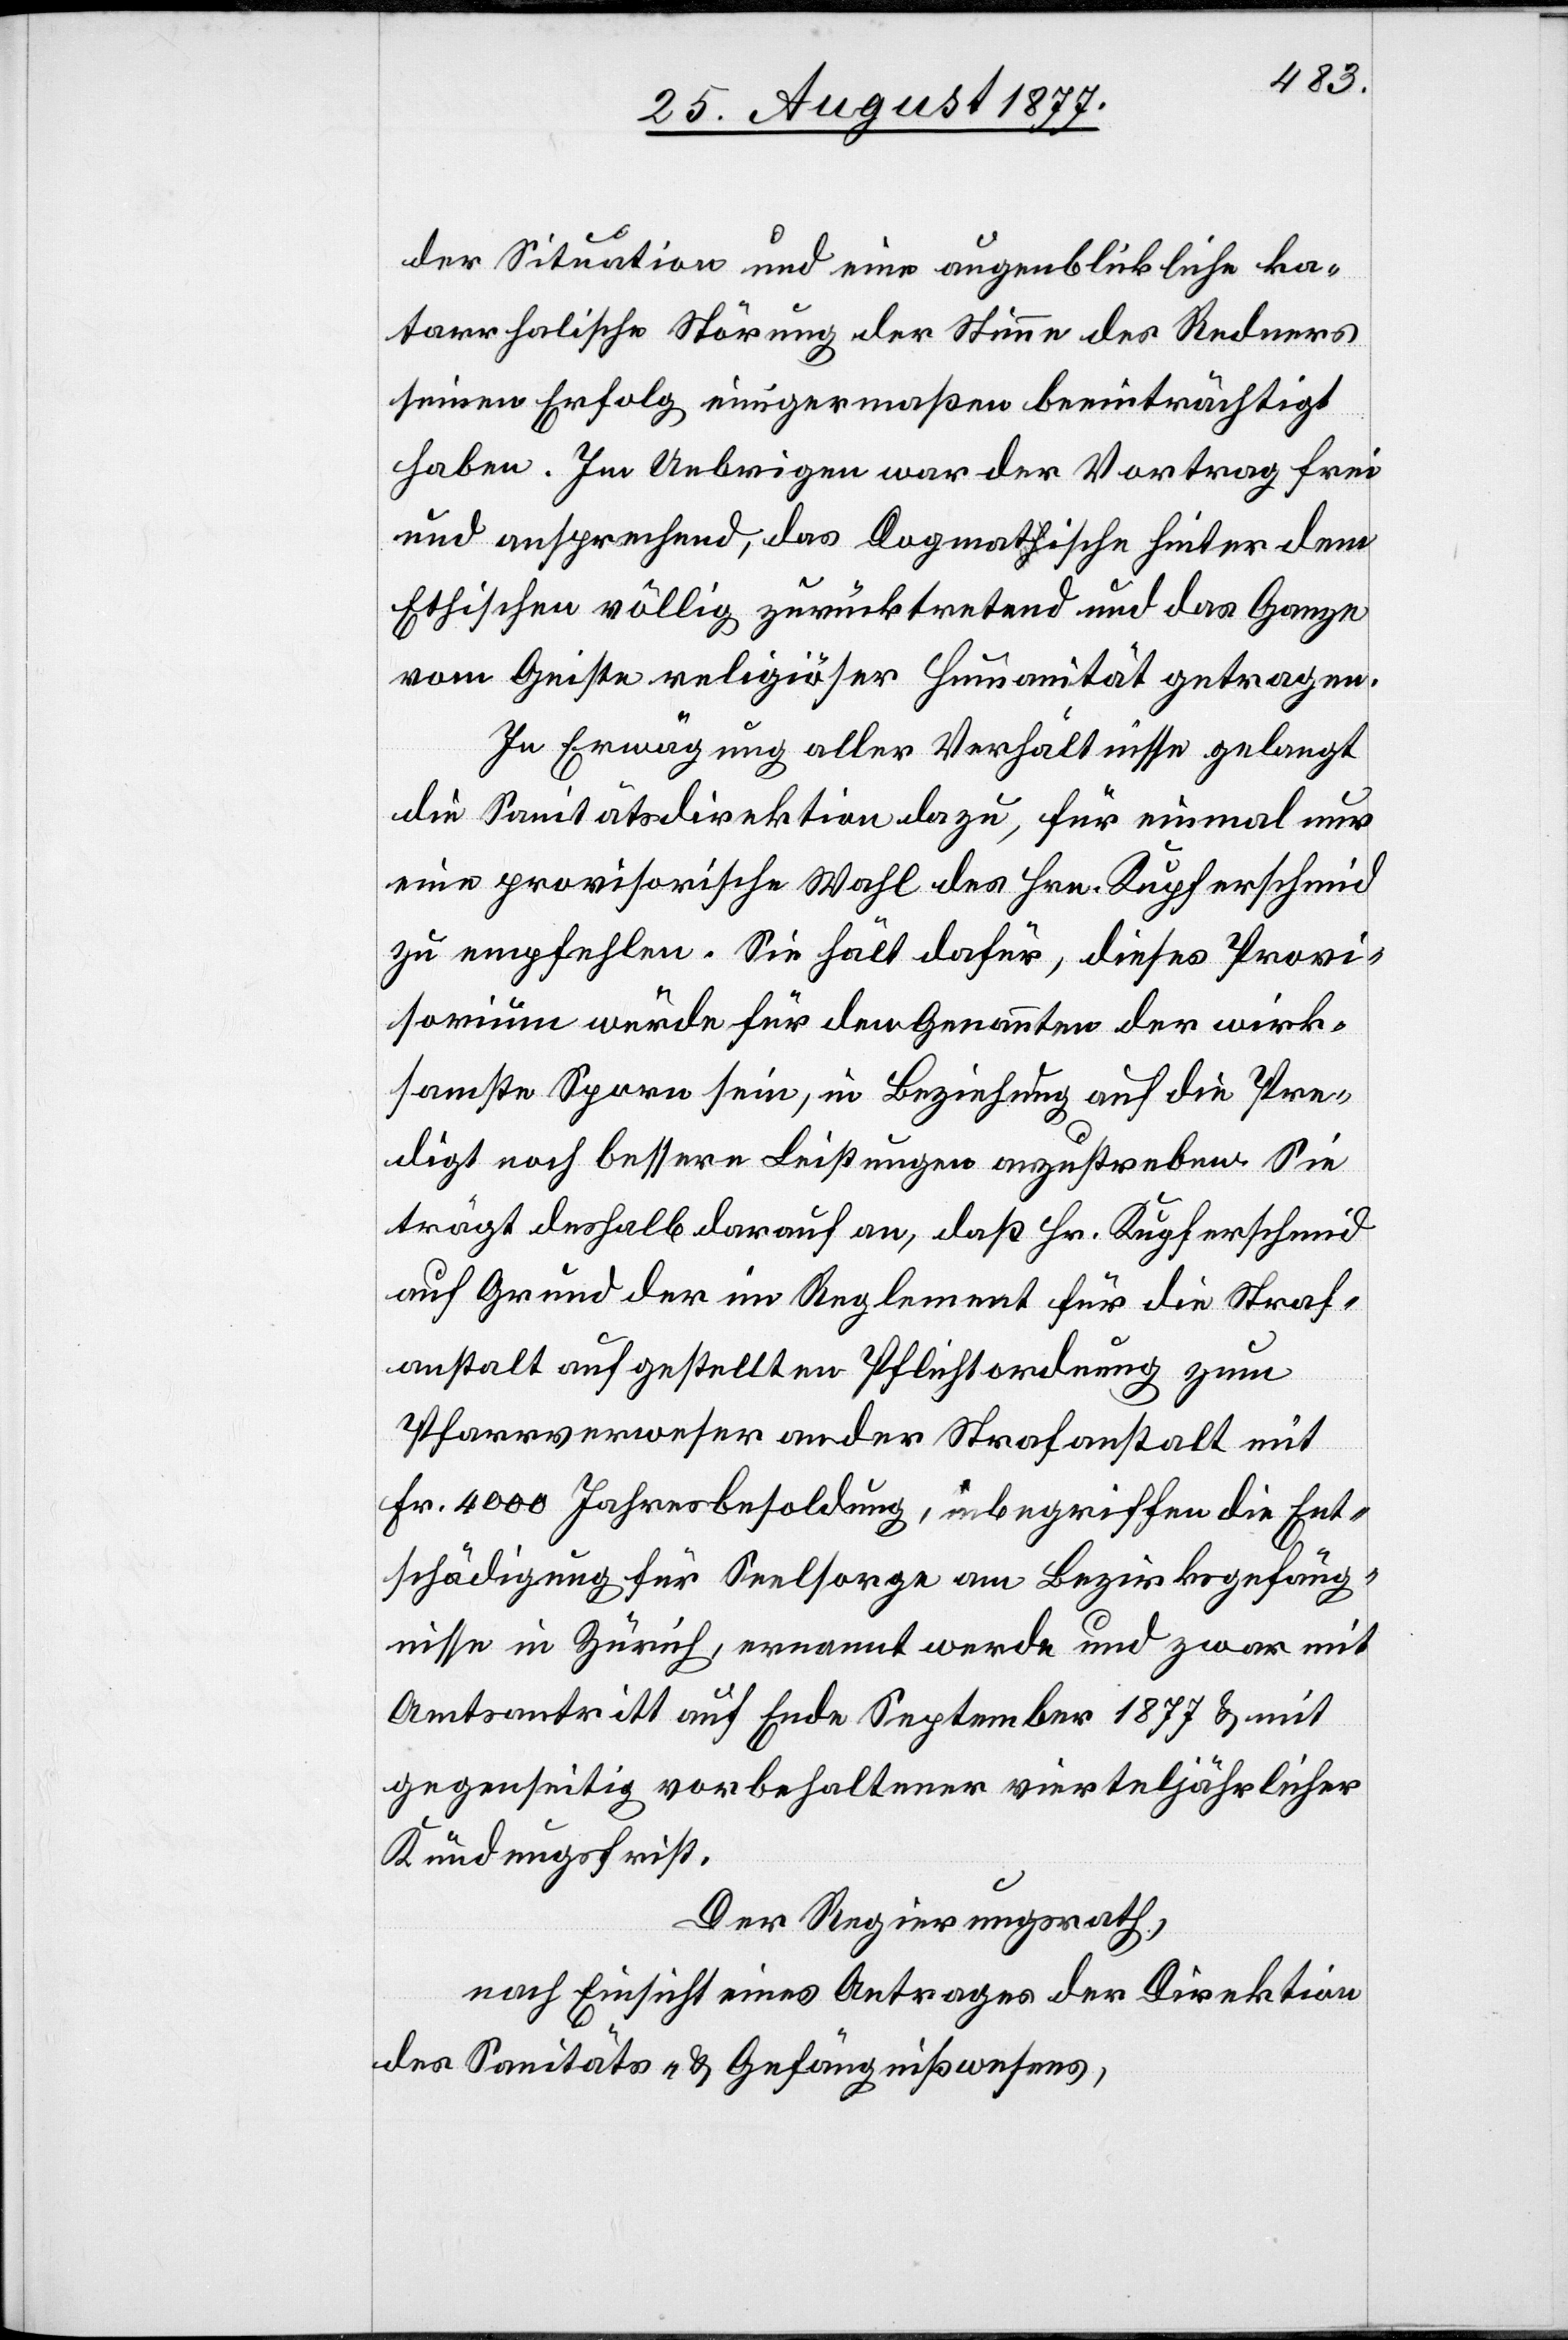
der Situation und eine augenblickliche ka¬
tarrhalische Störung der Stimme des Redners
seinen Erfolg einigermaßen beeinträchtigt
haben. Im Uebrigen war der Vortrag frei
und ansprechend, das Dogmatische hinter dem
Ethischen völlig zurücktretend und das Ganze
vom Geiste religiöser Humanität getragen.
In Erwägung aller Verhältnisse gelangt
die Sanitätsdirektion dazu, für einmal nur
eine provisorische Wahl des Hrn. Kupferschmid
zu empfehlen. Sie hält dafür, dieses Provi¬
sorium würde für den Genannten der wirk¬
samste Sporn sein, in Beziehung auf die Pre¬
digt noch bessere Leistungen anzustreben. Sie
trägt deshalb darauf an, daß Hr. Kupferschmid
auf Grund der im Reglement für die Straf¬
anstalt aufgestellten Pflichtordnung zum
Pfarrverweser an der Strafanstalt mit
Fr. 4000 Jahresbesoldung, inbegriffen die Ent¬
schädigung für Seelsorge am Bezirksgefäng¬
nisse in Zürich, ernannt werde und zwar mit
Amtsantritt auf Ende September 1877 & mit
gegenseitig vorbehaltener vierteljährlicher
Kündungsfrist.
Der Regierungsrath,
nach Einsicht eines Antrages der Direktion
des Sanitäts- & Gefängnißwesens,